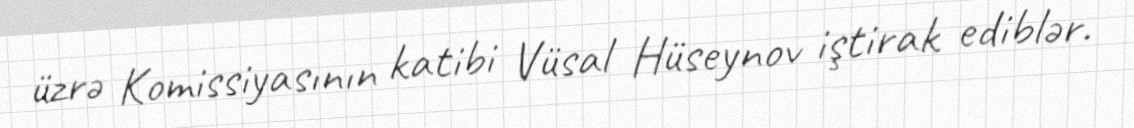
üzrə Komissiyasının katibi Vüsal Hüseynov iştirak ediblər.